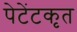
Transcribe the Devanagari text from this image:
पेटेंटकृत